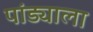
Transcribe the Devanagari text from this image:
पांड्याला